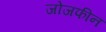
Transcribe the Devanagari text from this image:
जोजफीन